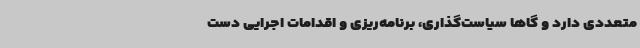
متعددی دارد و گاهاً سیاست‌گذاری، برنامه‌ریزی و اقدامات اجرایی دست